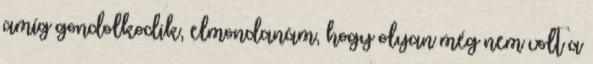
amíg gondolkodik, elmondanám, hogy olyan még nem volt a